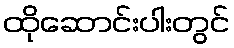
ထိုဆောင်းပါးတွင်